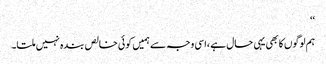
‘‘
ہم لوگوں کا بھی یہی حال ہے ،اسی وجہ سے ہمیں کوئی خالص بندہ نہیں ملتا۔